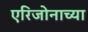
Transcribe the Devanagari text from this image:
एरिजोनाच्या